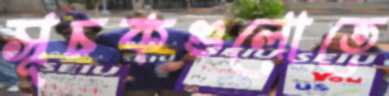
সূচকগুলোতে